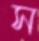
স